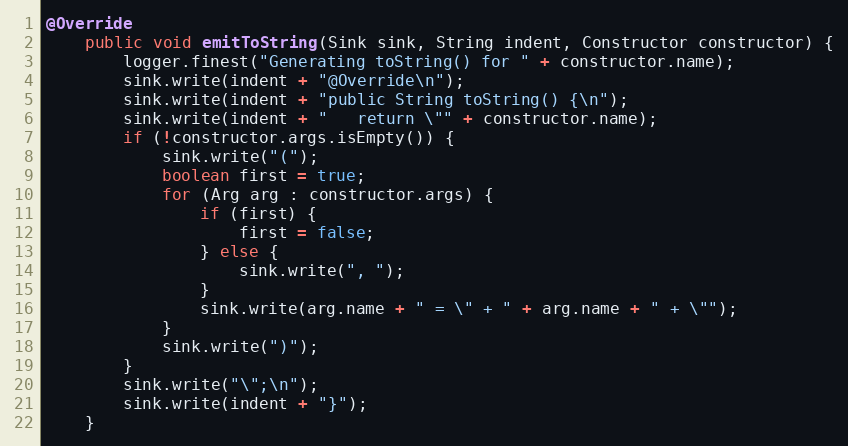
Language: Java
@Override
    public void emitToString(Sink sink, String indent, Constructor constructor) {
    	logger.finest("Generating toString() for " + constructor.name);
        sink.write(indent + "@Override\n");
        sink.write(indent + "public String toString() {\n");
        sink.write(indent + "   return \"" + constructor.name);
        if (!constructor.args.isEmpty()) {
            sink.write("(");
            boolean first = true;
            for (Arg arg : constructor.args) {
                if (first) {
                    first = false;
                } else {
                    sink.write(", ");
                }
                sink.write(arg.name + " = \" + " + arg.name + " + \"");
            }
            sink.write(")");
        }
        sink.write("\";\n");
        sink.write(indent + "}");
    }